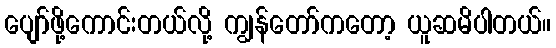
ပျော်ဖို့ကောင်းတယ်လို့ ကျွန်တော်ကတော့ ယူဆမိပါတယ်။